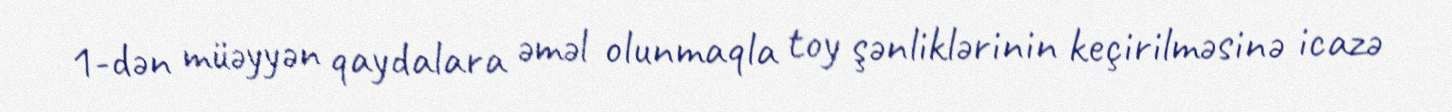
1-dən müəyyən qaydalara əməl olunmaqla toy şənliklərinin keçirilməsinə icazə